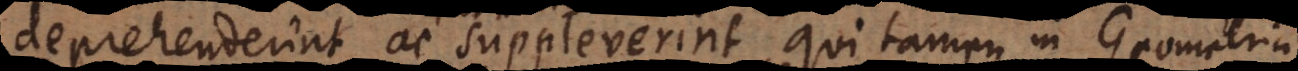
deprehenderint ac suppleverint, qui tamen in Geometria